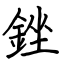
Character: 銼